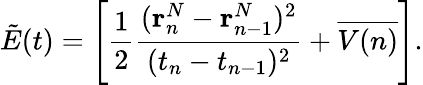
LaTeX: \tilde{E}(t)=\left[\frac{1}{2}\frac{(\textbf{r}_{n}^{N}-\textbf{r}_{n-1}^{N})^{2}}{(t_{n}-t_{n-1})^{2}}+\overline{{V(n)}}\right].